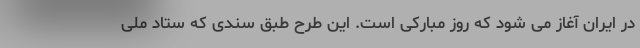
در ایران آغاز می شود که روز مبارکی است. این طرح طبق سندی که ستاد ملی